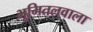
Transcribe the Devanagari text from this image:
भूमितलवाला